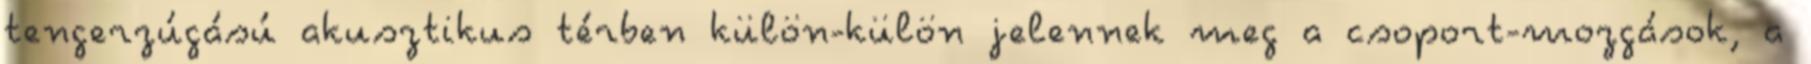
tengerzúgású akusztikus térben külön-külön jelennek meg a csoport-mozgások, a